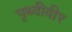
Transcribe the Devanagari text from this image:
पृथ्वीवीर